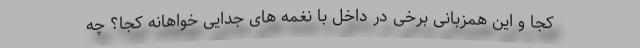
کجا و این همزبانی برخی در داخل با نغمه های جدایی خواهانه کجا؟ چه